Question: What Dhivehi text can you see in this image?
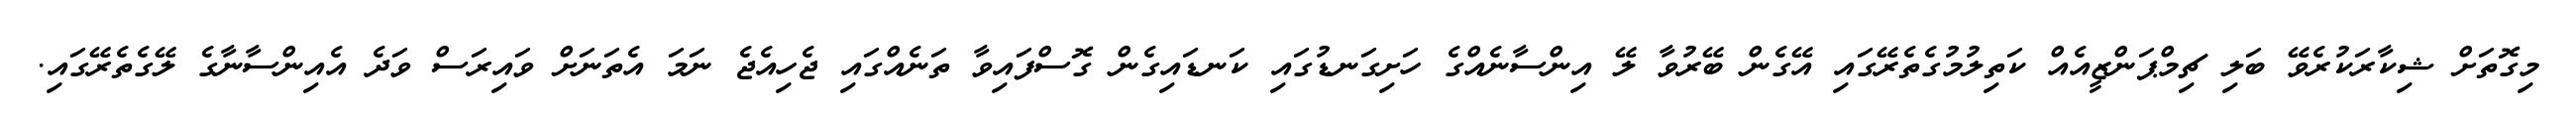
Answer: މިގޮތަށް ޝިކާރަކުރެވޭ ބަލި ޗިމްޕަންޒީއެއް ކަތިލުމުގެތެރޭގައި އޭގެން ބޭރުވާ ލޭ އިންސާނެއްގެ ހަށިގަނޑުގައި ކަނޑައިގެން ގޮސްފައިވާ ތަނެއްގައި ޖެހިއެޖެ ނަމަ އެތަނަށް ވައިރަސް ވަދެ އެއިންސާނާގެ ލޭގެތެރޭގައި.